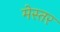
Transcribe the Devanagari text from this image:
मेस्तर